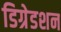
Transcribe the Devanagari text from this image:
डिग्रेडशन